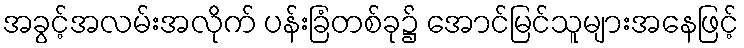
အခွင့်အလမ်းအလိုက် ပန်းခြံတစ်ခု၌ အောင်မြင်သူများအနေဖြင့်